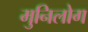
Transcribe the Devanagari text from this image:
मुनिलोग